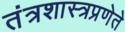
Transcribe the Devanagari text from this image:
तंत्रशास्त्रप्रणेते